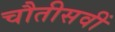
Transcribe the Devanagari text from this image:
चौतीसवीं